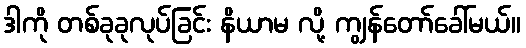
ဒါကို တစ်ခုခုလုပ်ခြင်း နိယာမ လို့ ကျွန်တော်ခေါ်မယ်။